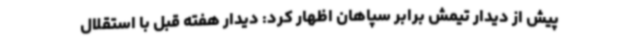
پیش از دیدار تیمش برابر سپاهان اظهار کرد: دیدار هفته قبل با استقلال